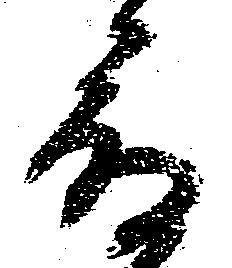
顔